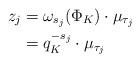
LaTeX: \begin{align*}z_j & = \omega_{s_j}(\Phi_K) \cdot \mu_{\tau_j}\\& = q_K^{- s_j} \cdot \mu_{\tau_j}\end{align*}